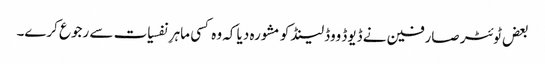
بعض ٹوئٹر صارفین نے ڈیوڈ ووڈلینڈ کو مشورہ دیا کہ وہ کسی ماہرِ نفسیات سے رجوع کرے۔